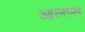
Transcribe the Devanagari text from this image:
आलप्स